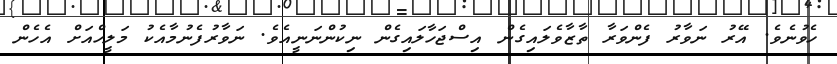
ހެވުނެވެ. އޭރު ނަވާރު ފެންވަރާ ތާޒާވެލައިގެން އިސްޖަހާލައިގެން ނިކުންނަނީއެވެ. ނަވާރުފެނުމާއެކު މަލީހްއަށް އެހެން